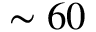
\sim 6 0